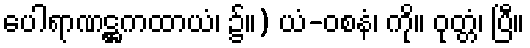
ပေါရာဏဋ္ဌကထာယံ၊ ၌။) ယံ-ဝစနံ၊ ကို။ ဝုတ္တံ၊ ပြီ။